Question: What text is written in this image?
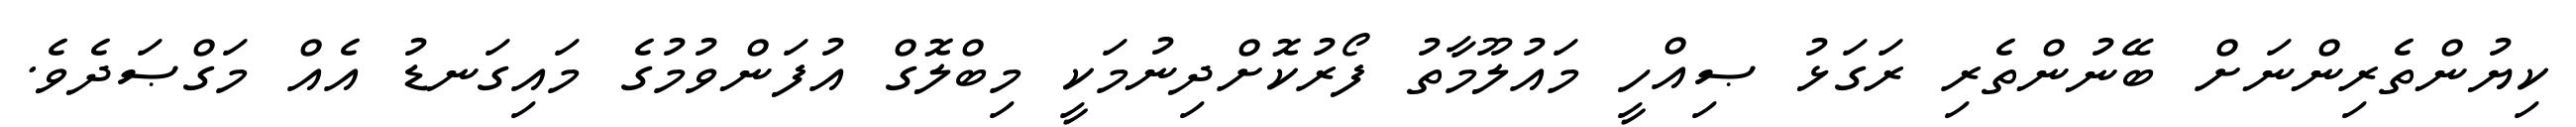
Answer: ކިޔުންތެރިންނަށް ބޭނުންތެރި ރަގަޅު ޞިއްހީ މައުލޫމާތު ފޯރުކޮށްދިނުމަކީ މިބްލޮގް އުފަންވުމުގެ މައިގަނޑު އެއް މަގްޞަދެވެ.